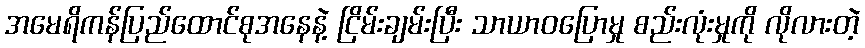
အမေရိကန်ပြည်ထောင်စုအနေနဲ့ ငြိမ်းချမ်းပြီး သာယာဝပြောမှု စည်းလုံးမှုကို လိုလားတဲ့